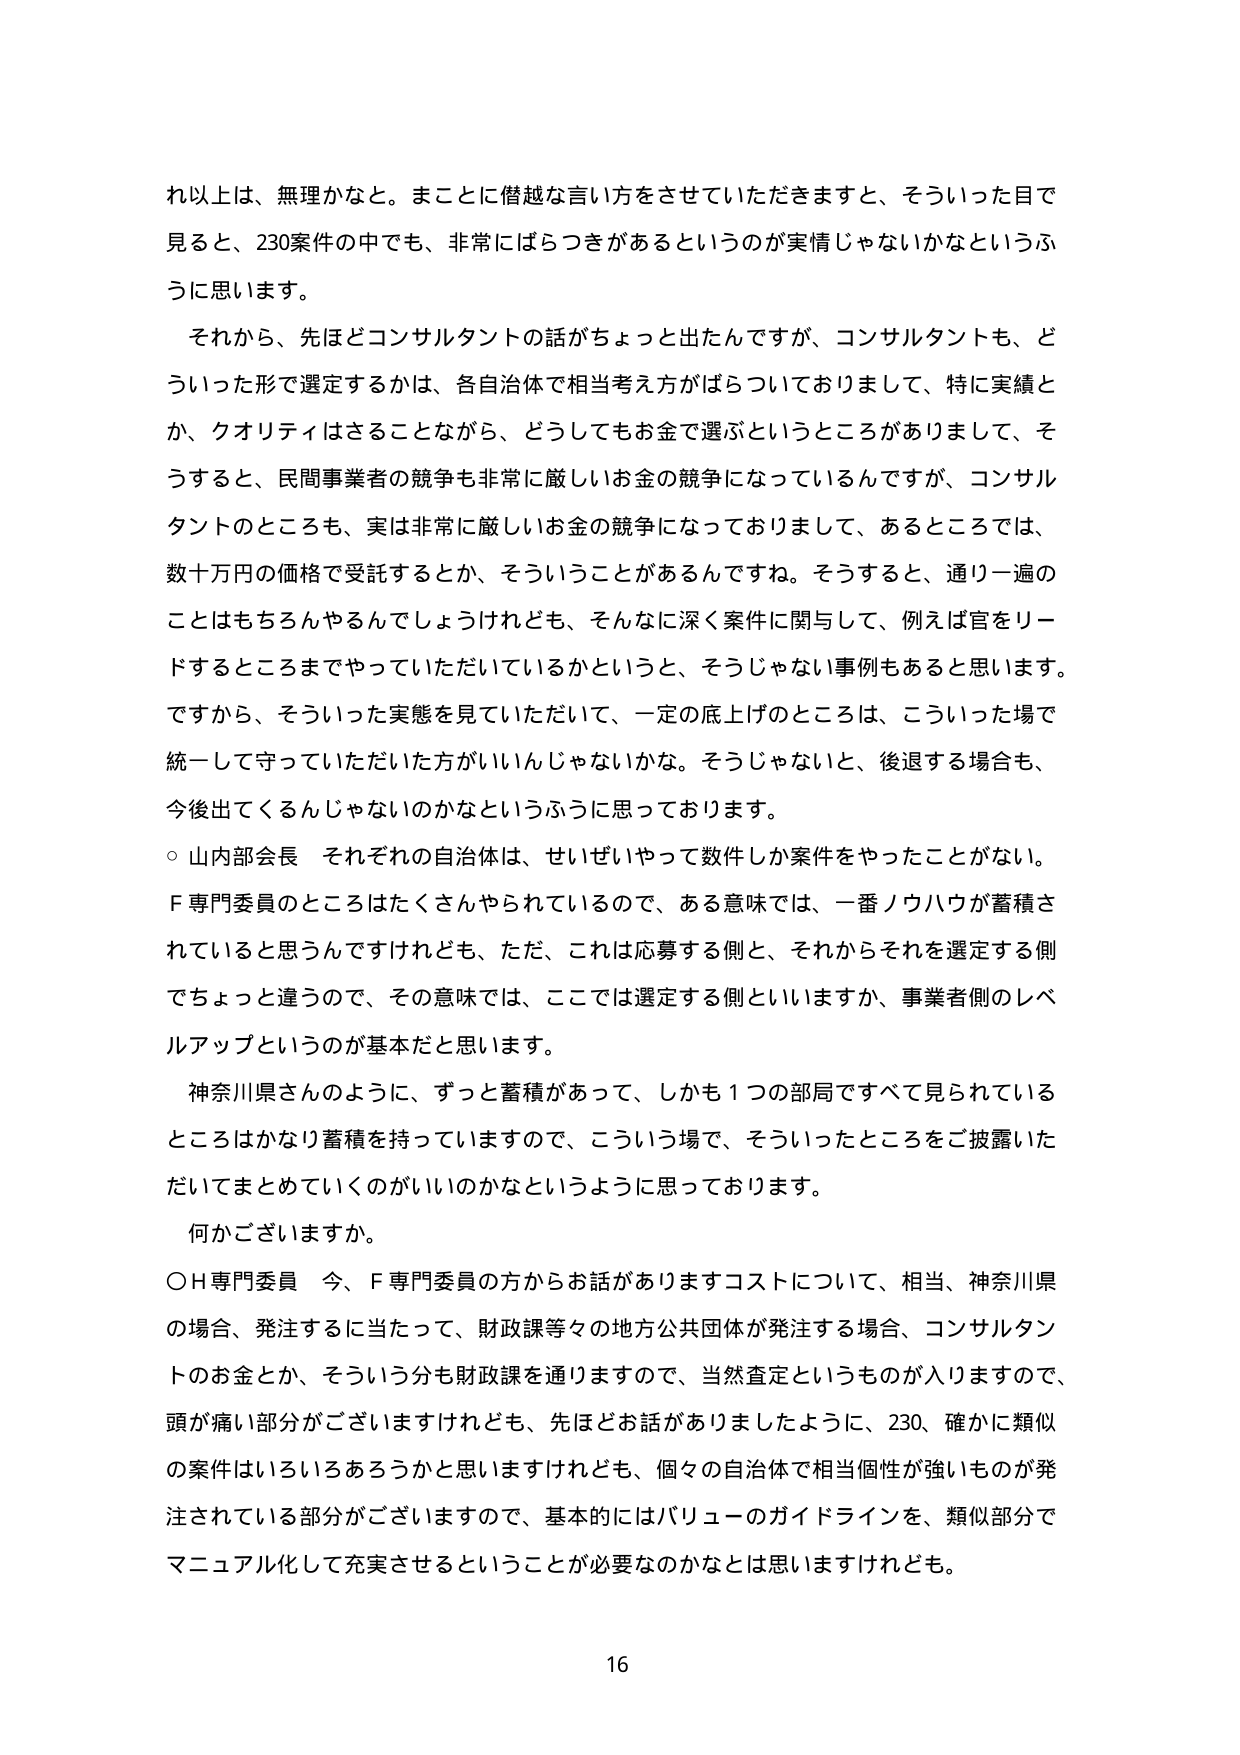
れ以上は、無理かなと。まことに僭越な言い方をさせていただきますと、そういった目で
見ると、230案件の中でも、非常にばらつきがあるというのが実情じゃないかなというふ
うに思います。
　それから、先ほどコンサルタントの話がちょっと出たんですが、コンサルタントも、ど
ういった形で選定するかは、各自治体で相当考え方がばらついておりまして、特に実績と
か、クオリティはさることながら、どうしてもお金で選ぶというところがありまして、そ
うすると、民間事業者の競争も非常に厳しいお金の競争になっているんですが、コンサル
タントのところも、実は非常に厳しいお金の競争になっておりまして、あるところでは、
数十万円の価格で受託するとか、そういうことがあるんですね。そうすると、通り一遍の
ことはもちろんやるんでしょうけれども、そんなに深く案件に関与して、例えば官をリー
ドするところまでやっていただいているかというと、そうじゃない事例もあると思います。
ですから、そういった実態を見ていただいて、一定の底上げのところは、こういった場で
統一して守っていただいた方がいいんじゃないかな。そうじゃないと、後退する場合も、
今後出てくるんじゃないのかなというふうに思っております。
　○ 山内部会長　それぞれの自治体は、せいぜいやって数件しか案件をやったことがない。
Ｆ専門委員のところはたくさんやられているので、ある意味では、一番ノウハウが蓄積さ
れていると思うんですけれども、ただ、これは応募する側と、それからそれを選定する側
でちょっと違うので、その意味では、ここでは選定する側といいますか、事業者側のレベ
ルアップというのが基本だと思います。
　　神奈川県さんのように、ずっと蓄積があって、しかも１つの部局ですべて見られている
ところはかなり蓄積を持っていますので、こういう場で、そういったところをご披露いた
だいてまとめていくのがいいのかなというように思っております。
　　何かございますか。
　○Ｈ専門委員　今、Ｆ専門委員の方からお話がありますコストについて、相当、神奈川県
の場合、発注するに当たって、財政課等々の地方公共団体が発注する場合、コンサルタン
トのお金とか、そういう分も財政課を通りますので、当然査定というものが入りますので、
頭が痛い部分がございますけれども、先ほどお話がありましたように、230、確かに類似
の案件はいろいろあろうかと思いますけれども、個々の自治体で相当個性が強いものが発
注されている部分がございますので、基本的にはバリューのガイドラインを、類似部分で
マニュアル化して充実させるということが必要なのかなとは思いますけれども。
16